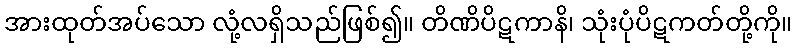
အားထုတ်အပ်သော လုံ့လရှိသည်ဖြစ်၍။ တိဏိပိဋကာနိ၊ သုံးပုံပိဋကတ်တို့ကို။